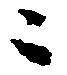
々